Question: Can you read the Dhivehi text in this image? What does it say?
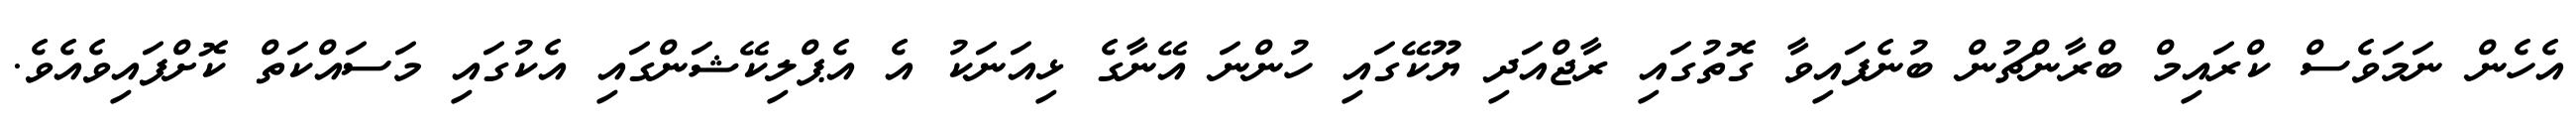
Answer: އެހެން ނަމަވެސް ކްރައިމް ބްރާންޗުން ބުނެފައިވާ ގޮތުގައި ރާޖްއަދި ޔޫކޭގައި ހުންނަ އޭނާގެ ޅިއަނަކު އެ އެޕްލިކޭޝަންގައި އެކުގައި މަސައްކަތް ކޮށްފައިވެއެވެ.